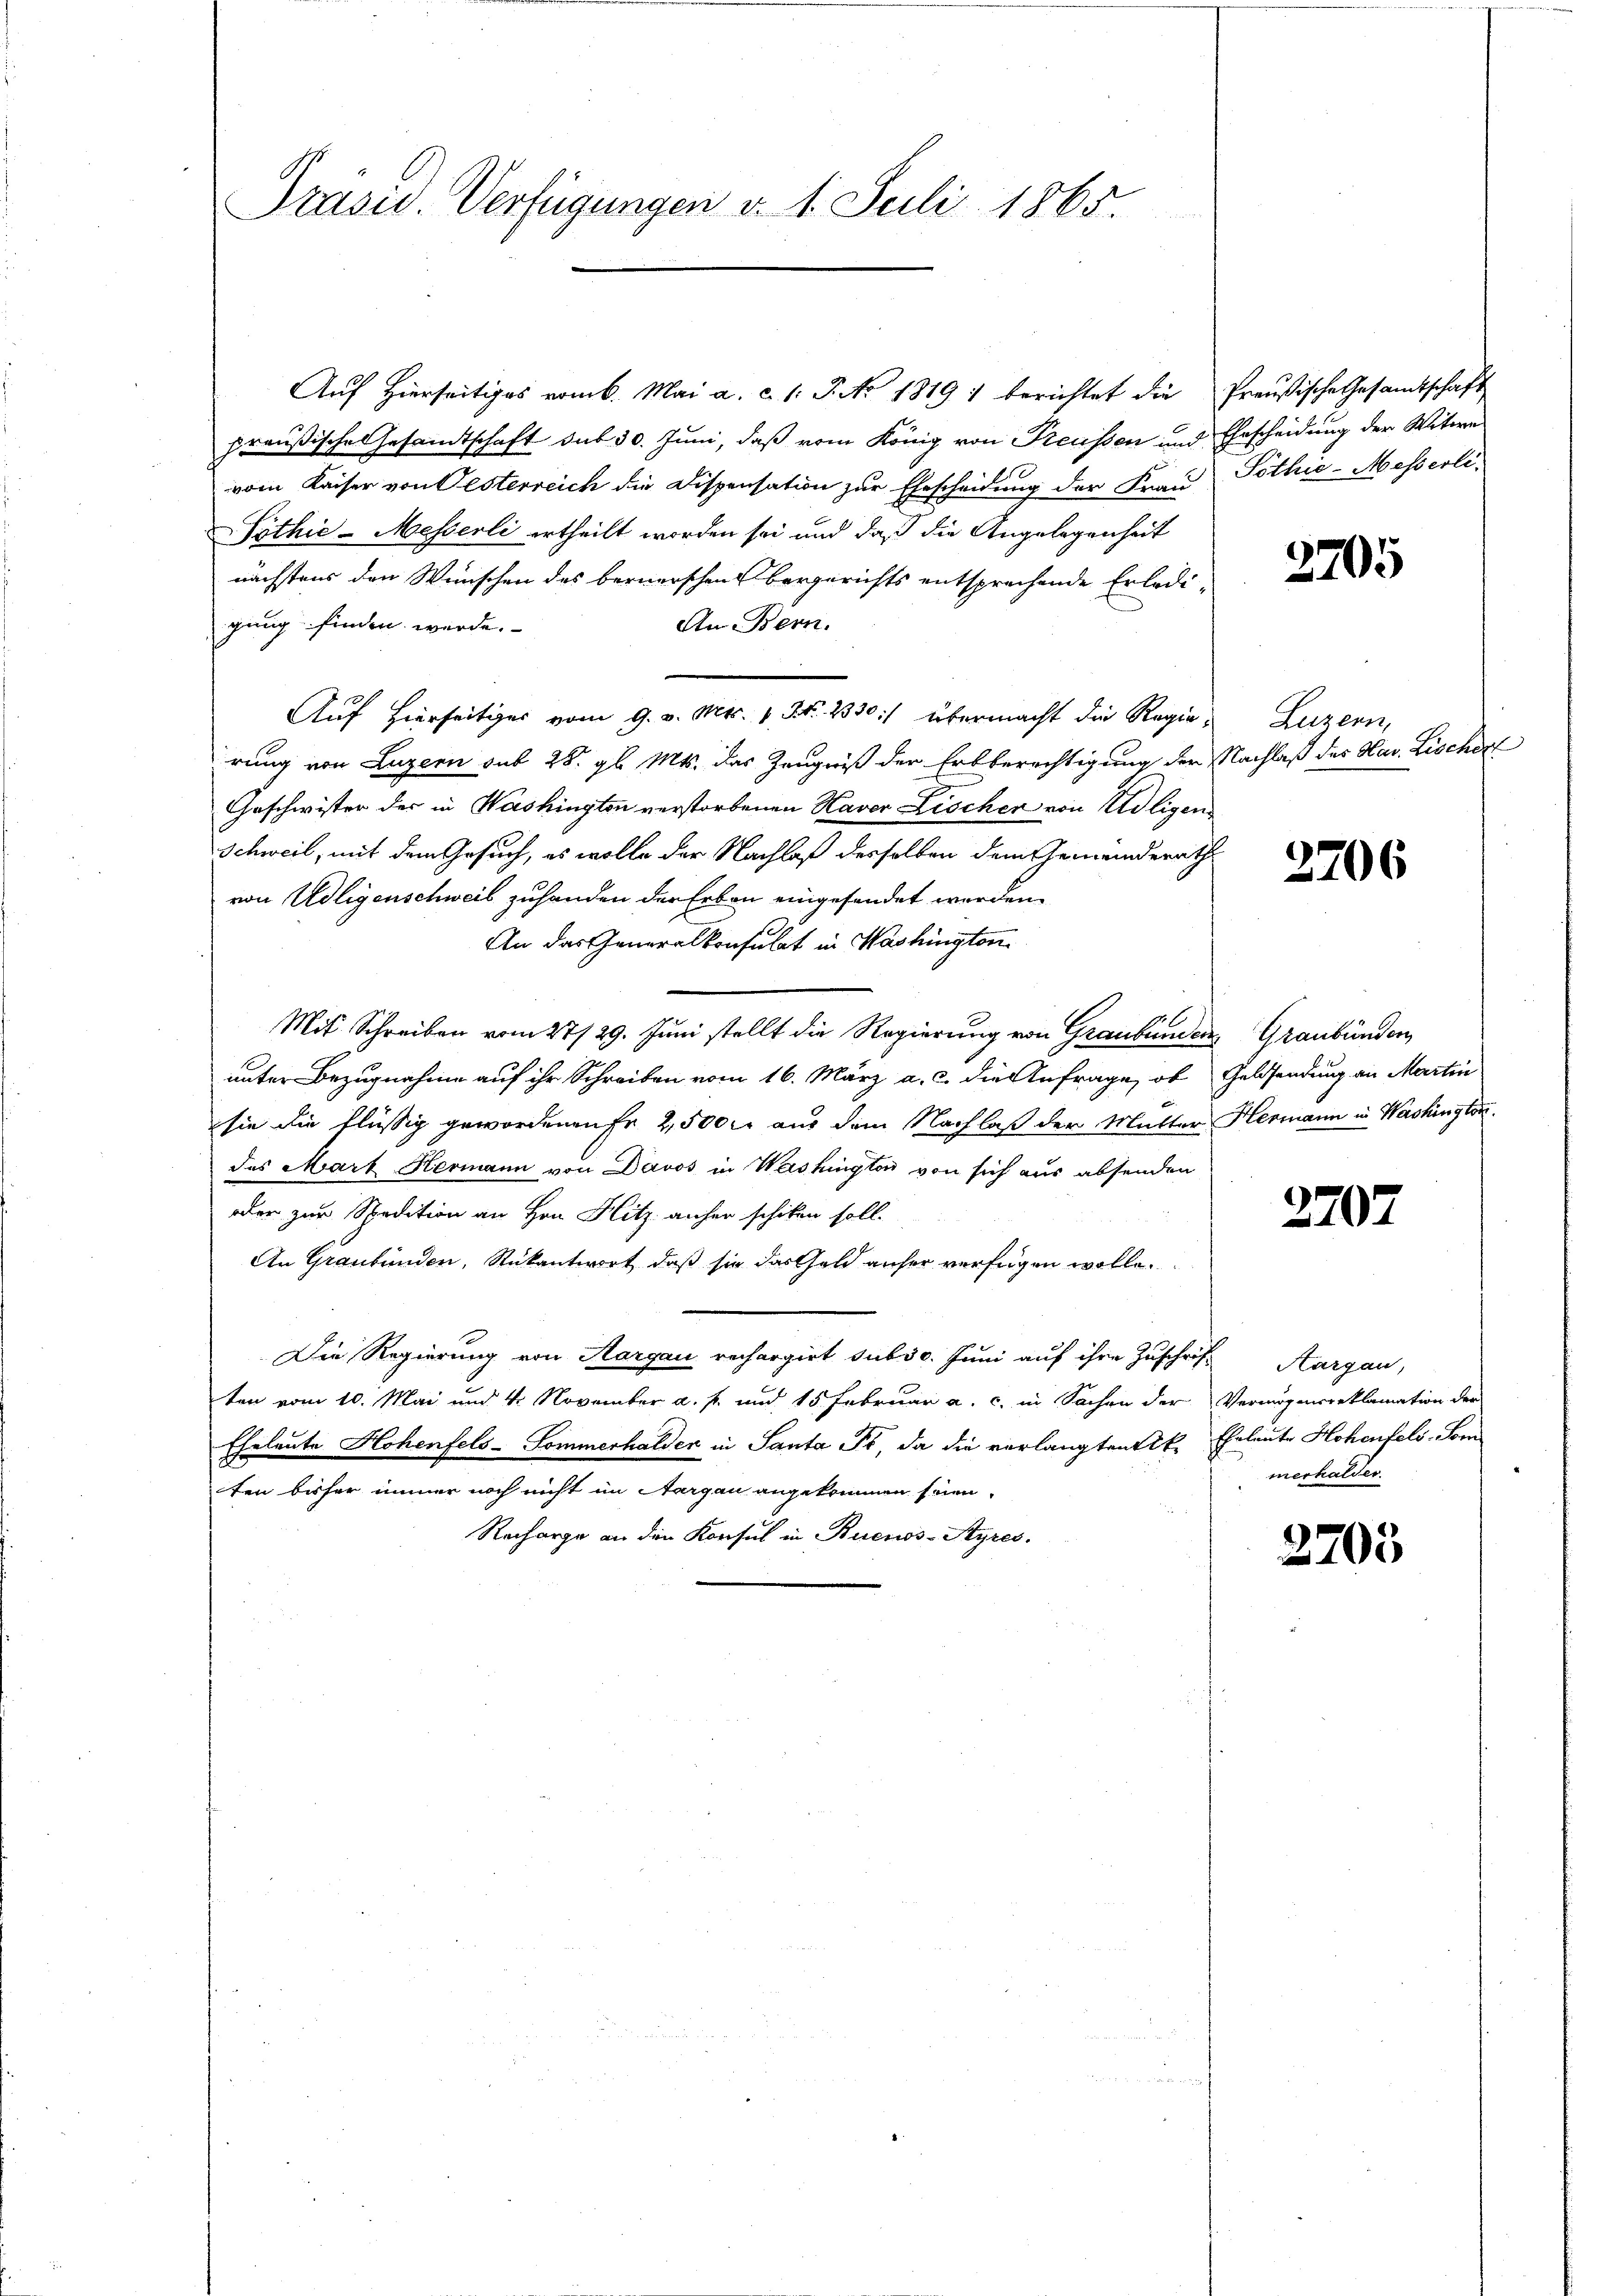
Präsid. Verfügungen v. 1. Juli 1865

Auf Hierseitiges vom 6. Mai a. c. 1. P. No 1819) berichtet die
preußische Gesandtschaft sub 30. Juni, daß vom König von Freussen und
vom Kaiser von Oesterreich die Dispensation zur Ehescheidung der Frau
Sothie-Messerli ertheilt worden sei und daß die Angelegenheit
nächstens den Wünschen des bernerschen Bergerichts entsprechende Erledi-
gung finden werde.
An Bern.
Auf hierseitiges vom 9. v. Mts. 1. No. 2330:/ übermacht die Regierung von Luzern sub 28. gl. Mts. das Zeugniß der Erbberechtigung der
Geschwister der in Washington verstorbenen Haver Lischer von Adligen
Schweil, mit dem Gesuch, es wolle der Nachlaß derselben dem Gemeinderath
von Adligenschweib zuhanden der Erben eingesandet werden.
An das Generalkonsulat in Washington
96
Mit Schreiben vom 27/29. Juni stellt die Regierung von Graubünden Graubünden,
unter Bezugnahme auf ihr Schreiben vom 16. März a. c. die Anfrage, ob
sie die flüssig gewordenen Fr. 25000 aus dem Nachlaß der Mutter
des Mart Hermann von Davos in Washington von sich aus absenden
oder zur Spedition an Hrn. Hitz anher schiken soll.
An Graubünden, Rükantwort, daß sie das Geld anher verfügen wolle.
Die Regierung von Aargau rechargirt sub 30. Juni auf ihre Zuschrif-
ten vom 10. Mai und 4. November a. f. und 15 Februar a. c. in Sachen der Vermögensreklamation der
Eheleute Hohenfels-Sommerhalder in Santa Fr, da die verlangten Akten bisher immer noch nicht im Aargau angekommen seien.
Recharge an den Konsul in Buenos-Ayres.

Preußische Gesamtschaft
Ehrscheidung der Witwe
Pöthi-Messerli

2705

Luzern,
Nachlaß der Hav. Lischer

3706

Geldsendung an Marten
Hermann in Washington.

2707

Aargau,
Eheleute Hohenfeld. Som
merhalder.

3705